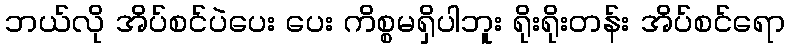
ဘယ်လို အိပ်စင်ပဲပေး ပေး ကိစ္စမရှိပါဘူး ရိုးရိုးတန်း အိပ်စင်ရော